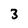
Character: 3